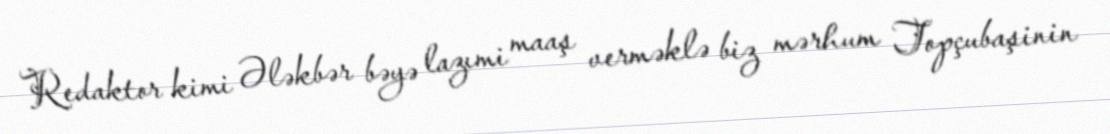
Redaktor kimi Ələkbər bəyə lazımi maaş verməklə biz mərhum Topçubaşinin